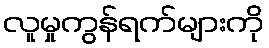
လူမှုကွန်ရက်များကို